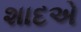
શાદએ